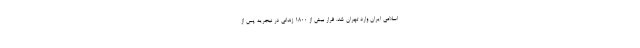
اسلامی ایران وارد تهران شد. فرار بیش از ۱۸۰۰ زندانی در نیجریه پس از